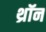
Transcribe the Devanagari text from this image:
थ्रॉन